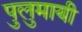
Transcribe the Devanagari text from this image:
पुलुमायी